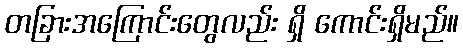
တခြားအကြောင်းတွေလည်း ရှိ ကောင်းရှိမည်။